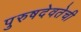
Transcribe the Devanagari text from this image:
पुरुषदेवतेची